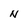
Character: N